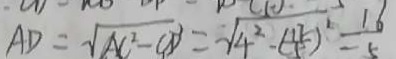
A D = \sqrt { A C ^ { 2 } - C D ^ { 2 } } = \sqrt { 4 ^ { 2 } - ( \frac { 1 7 } { 5 } ) ^ { 2 } } = \frac { 1 6 } { 5 }